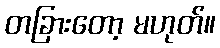
တခြားတော့ မဟုတ်။